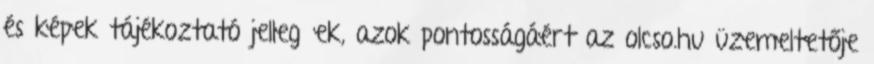
és képek tájékoztató jellegűek, azok pontosságáért az olcso.hu üzemeltetője